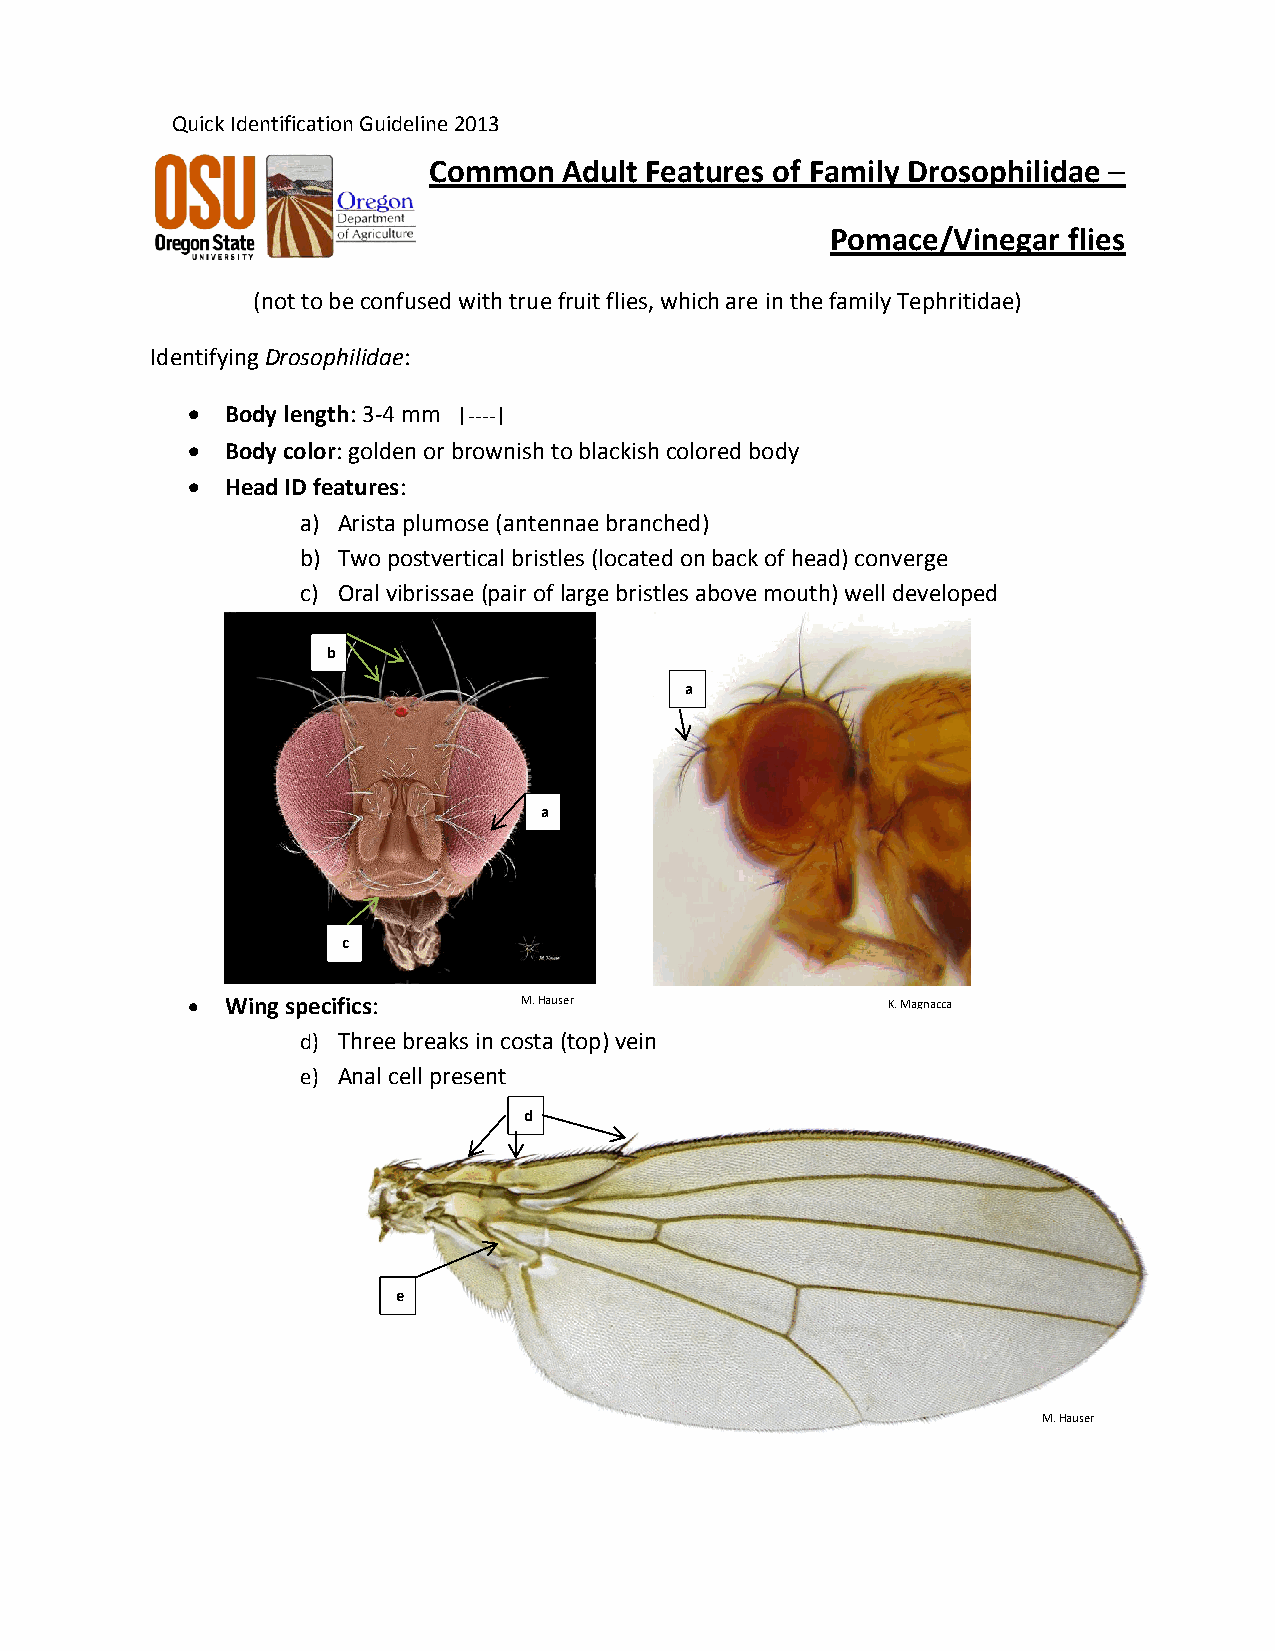
Quick Identification Guideline 2013
 Common   Adult Features of Family Drosophilidae –
 Pomace/Vinegar  flies
 (not to be confused with true fruit flies, which are in the family Tephritidae)
 Identifying Drosophilidae:
   Body length: 3-4 mm |----|
   Body color: golden or brownish to blackish colored body
   Head ID features:
 a) Arista plumose (antennae branched)
 b) Two postvertical bristles (located on back of head) converge
 c) Oral vibrissae (pair of large bristles above mouth) well developed
 b
 a
 a
 c
   Wing specifics:     M. Hauser               K. Magnacca
 d) Three breaks in costa (top) vein
 e) Anal cell present
 d
 e
 M. Hauser